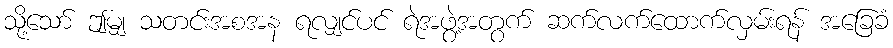
သို့သော် ဤမျှ သတင်းအစအန ရလျှင်ပင် ရဲအဖွဲ့အတွက် ဆက်လက်ထောက်လှမ်းရန် အခြေခံ